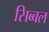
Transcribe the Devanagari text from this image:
सिब्‍बल